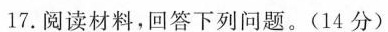
17.阅读材料，回答下列问题。(14分)